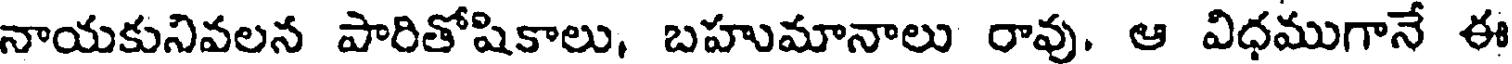
నాయకునివలన పారితోషికాలు, బహుమానాలు రావు. ఆ విధముగానే ఈ